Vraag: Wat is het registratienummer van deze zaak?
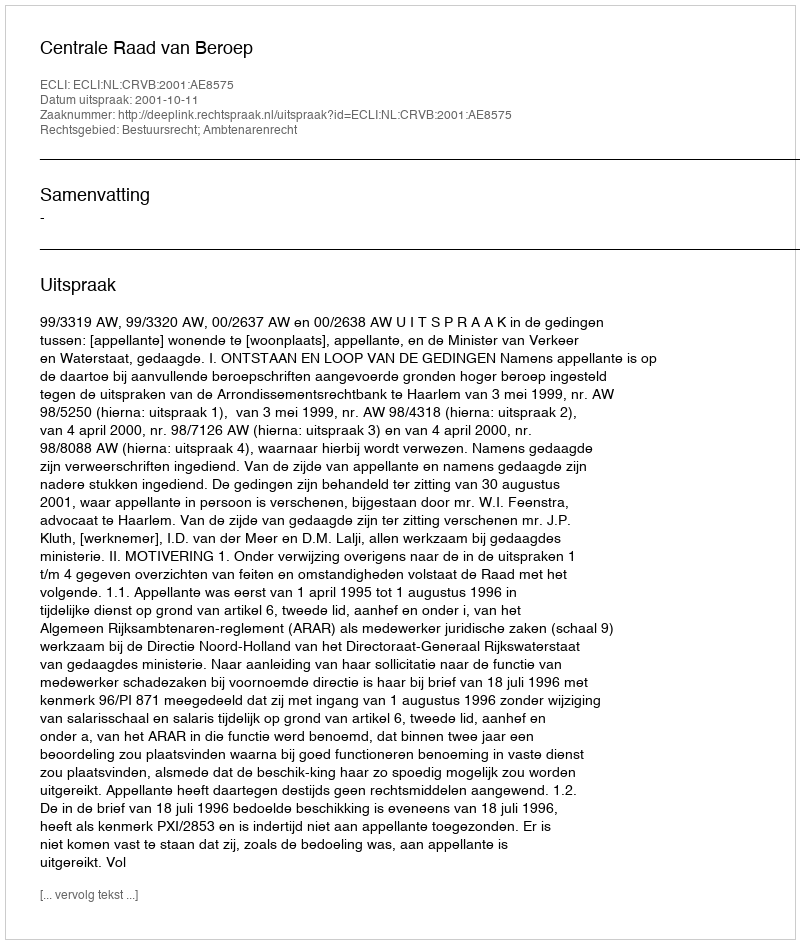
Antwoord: http://deeplink.rechtspraak.nl/uitspraak?id=ECLI:NL:CRVB:2001:AE8575